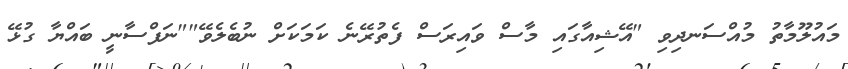
މައުލޫމާތު މުއްސަނދިވި "އޭޝިއާގައި މާސް ވައިރަސް ފެތުރޭނެ ކަމަކަށް ނުބެލެވޭ""ނަފްސާނީ ބައްޔާ ގުޅޭ